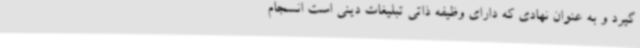
گیرد و به عنوان نهادی که دارای وظیفه ذاتی تبلیغات دینی است انسجام